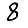
Digit: 8